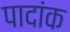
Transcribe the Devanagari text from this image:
पादांक